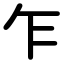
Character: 乍